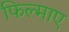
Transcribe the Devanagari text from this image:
फिल्‍माए